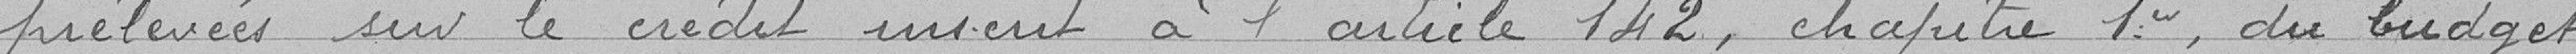
prélevés sur le crédit inscrit à l'article 142, chapitre 1er, du budget